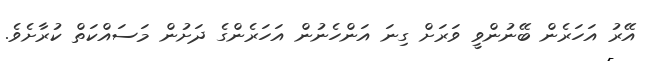
އޭރު އަހަރެން ބޭނުންވީ ވަރަށް ގިނަ އަންހެނުން އަހަރެންގެ ދަށުން މަސައްކަތް ކުރާށެވެ.